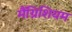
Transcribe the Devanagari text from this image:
मैंग्निशियम